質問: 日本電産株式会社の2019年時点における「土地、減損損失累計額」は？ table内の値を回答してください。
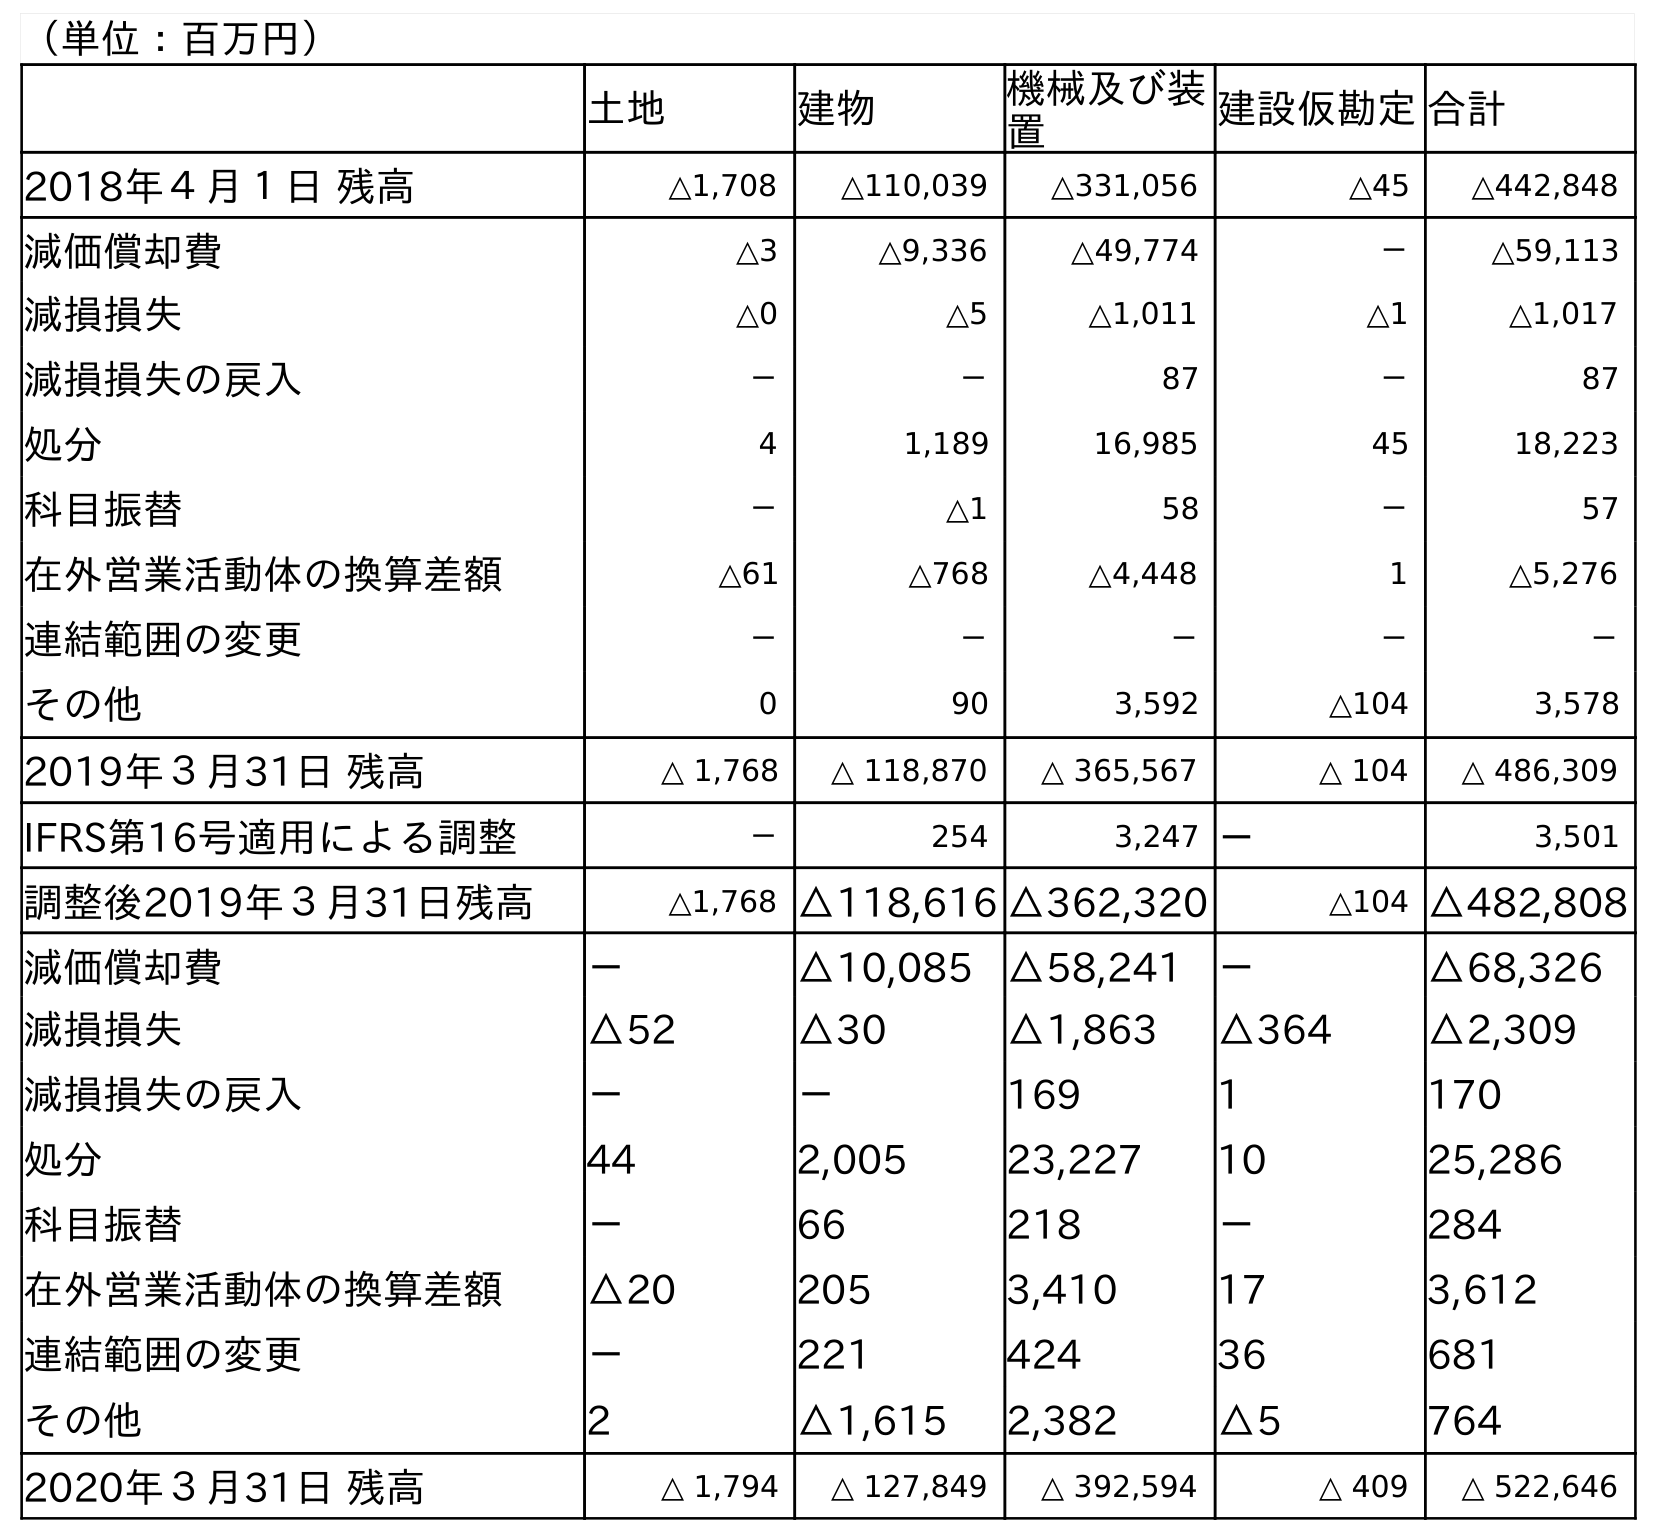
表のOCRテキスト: （単位：百万円） 土地 建物 機械及び装 置 建設仮勘定合計 2018年４月１日 残高 △1,708 △110,039 △331,056 △45 △442,848 減価償却費 △3 △9,336 △49,774 － △59,113 減損損失 △0 △5 △1,011 △1 △1,017 減損損失の戻入 － － 87 － 87 処分 4 1,189 16,985 45 18,223 科目振替 － △1 58 － 57 在外営業活動体の換算差額 △61 △768 △4,448 1 △5,276 連結範囲の変更 － － － － － その他 0 90 3,592 △104 3,578 2019年３月31日 残高 △ 1,768 △ 118,870 △ 365,567 △ 104 △ 486,309 IFRS第16号適用による調整 － 254 3,247 － 3,501 調整後2019年３月31日残高 △1,768 △118,616 △362,320 △104 △482,808 減価償却費 － △10,085 △58,241 － △68,326 減損損失 △52 △30 △1,863 △364 △2,309 減損損失の戻入 － － 169 1 170 処分 44 2,005 23,227 10 25,286 科目振替 － 66 218 － 284 在外営業活動体の換算差額 △20 205 3,410 17 3,612 連結範囲の変更 － 221 424 36 681 その他 2 △1,615 2,382 △5 764 2020年３月31日 残高 △ 1,794 △ 127,849 △ 392,594 △ 409 △ 522,646
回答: △1,768